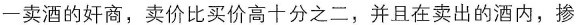
一卖酒的奸商，卖价比买价高十分之二，并且在卖出的酒内，掺